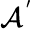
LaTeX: \mathcal{A}^{'}